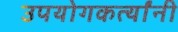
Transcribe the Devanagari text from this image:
उपयोगकर्त्यांनी